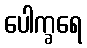
ပေါက္ခရေ